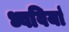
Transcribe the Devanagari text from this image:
ध्ववियां